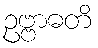
ဥဗ္ဗာဓတိ